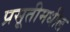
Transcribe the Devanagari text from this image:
प्रसूतीमधील